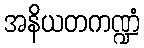
အနိယတကဏ္ဍံ